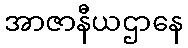
အာဇာနီယဌာနေ